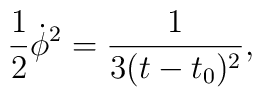
{\frac{1}{2}\dot{\phi}^2=\frac{1}{3(t-t_0)^2},}